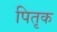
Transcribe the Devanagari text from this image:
पितृक